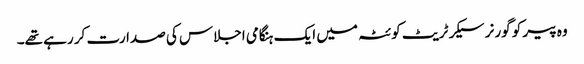
وہ پیر کو گورنر سیکرٹریٹ کوئٹہ میں ایک ہنگامی اجلاس کی صدارت کر رہے تھے۔